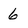
Character: 6